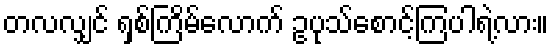
တလလျှင် ရှစ်ကြိမ်လောက် ဥပုသ်စောင့်ကြပါရဲ့လား။